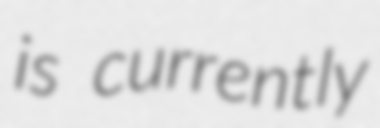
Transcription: is currently